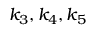
k _ { 3 } , k _ { 4 } , k _ { 5 }